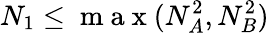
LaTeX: N_{1}\leq\mathrm{~m~a~x~}(N_{A}^{2},N_{B}^{2})